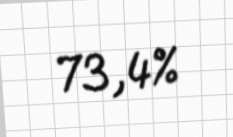
73,4%